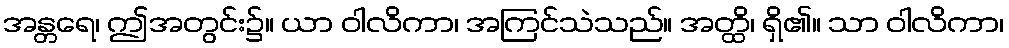
အန္တရေ၊ ဤအတွင်း၌။ ယာ ဝါလိကာ၊ အကြင်သဲသည်။ အတ္ထိ၊ ရှိ၏။ သာ ဝါလိကာ၊